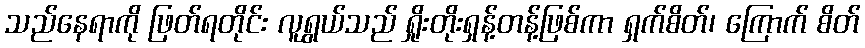
သည်နေရာကို ဖြတ်ရတိုင်း လူရွယ်သည် ရှိုးတိုးရှန့်တန့်ဖြစ်ကာ ရှက်စိတ်၊ ကြောက် စိတ်